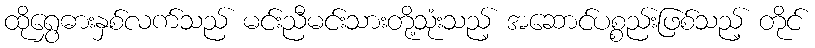
ထိုရွှေဓားနှစ်လက်သည် မင်းညီမင်းသားတို့သုံးသည့် အဆောင်ပစ္စည်းဖြစ်သည့် တိုင်